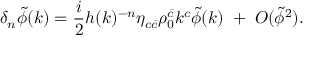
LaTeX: \delta _ { n } \tilde { \phi } ( k ) = \frac { i } { 2 } h ( k ) ^ { - n } \eta _ { c \bar { c } } \rho _ { 0 } ^ { \bar { c } } k ^ { c } \tilde { \phi } ( k ) \; + \; { \cal O } ( \tilde { \phi } ^ { 2 } ) .